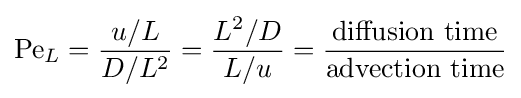
\mathrm {Pe} _{L}={\frac {u/L}{D/L^{2}}}={\frac {L^{2}/D}{L/u}}={\frac {\text{diffusion time}}{\text{advection time}}}